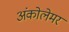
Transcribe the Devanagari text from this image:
अंकोलेमर